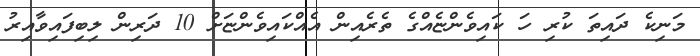
މަނިކެ ދައިތަ ކުރި ހަ ކައިވެންޏެއްގެ ތެރެއިން އެއްކައިވެންޏަށް 10 ދަރިން ލިބިފައިވާއިރު